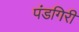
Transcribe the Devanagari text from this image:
पंडगिरी